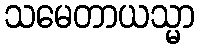
သမေတာယသ္မာ